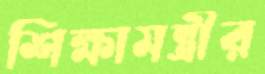
শিক্ষামন্ত্রীর